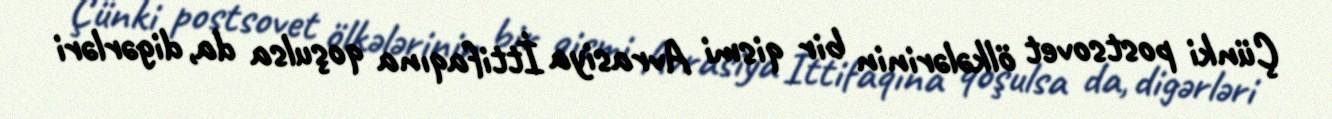
Çünki postsovet ölkələrinin bir qismi Avrasiya İttifaqına qoşulsa da, digərləri